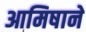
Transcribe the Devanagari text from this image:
आमिषाने